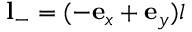
\mathbf { l } _ { - } = ( - \mathbf { e } _ { x } + \mathbf { e } _ { y } ) l